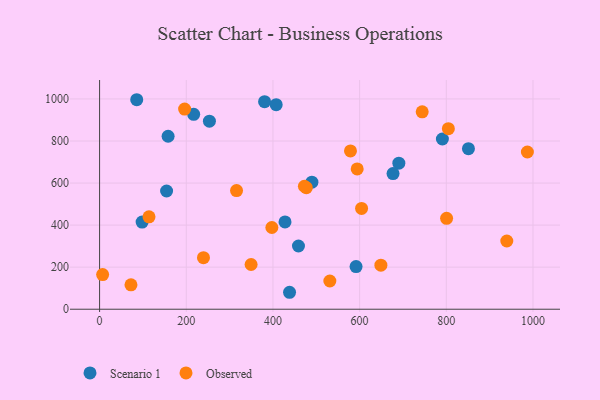
{"axis": {"x": "Distance", "y": "Demand"}, "legend": ["Observed", "Scenario 1"], "data": [{"x": "380.7", "y": 986.7, "type": "Scenario 1"}, {"x": "253.4", "y": 894.3, "type": "Scenario 1"}, {"x": "154.6", "y": 562.1, "type": "Scenario 1"}, {"x": "438.3", "y": 80.6, "type": "Scenario 1"}, {"x": "791.0", "y": 809.4, "type": "Scenario 1"}, {"x": "217.1", "y": 926.8, "type": "Scenario 1"}, {"x": "591.8", "y": 202.8, "type": "Scenario 1"}, {"x": "489.9", "y": 604.3, "type": "Scenario 1"}, {"x": "98.1", "y": 414.2, "type": "Scenario 1"}, {"x": "85.7", "y": 996.2, "type": "Scenario 1"}, {"x": "427.9", "y": 414.9, "type": "Scenario 1"}, {"x": "690.5", "y": 694.7, "type": "Scenario 1"}, {"x": "851.1", "y": 763.3, "type": "Scenario 1"}, {"x": "407.5", "y": 972.8, "type": "Scenario 1"}, {"x": "677.1", "y": 645.2, "type": "Scenario 1"}, {"x": "158.1", "y": 822.5, "type": "Scenario 1"}, {"x": "458.9", "y": 300.7, "type": "Scenario 1"}, {"x": "578.9", "y": 752.8, "type": "Observed"}, {"x": "72.4", "y": 116.1, "type": "Observed"}, {"x": "987.1", "y": 747.7, "type": "Observed"}, {"x": "744.4", "y": 938.6, "type": "Observed"}, {"x": "316.0", "y": 564.2, "type": "Observed"}, {"x": "114.0", "y": 439.4, "type": "Observed"}, {"x": "531.3", "y": 134.1, "type": "Observed"}, {"x": "604.5", "y": 479.4, "type": "Observed"}, {"x": "804.8", "y": 858.7, "type": "Observed"}, {"x": "239.7", "y": 244.9, "type": "Observed"}, {"x": "196.2", "y": 951.6, "type": "Observed"}, {"x": "7.0", "y": 164.9, "type": "Observed"}, {"x": "349.6", "y": 212.6, "type": "Observed"}, {"x": "594.4", "y": 667.0, "type": "Observed"}, {"x": "397.5", "y": 388.5, "type": "Observed"}, {"x": "477.0", "y": 578.2, "type": "Observed"}, {"x": "649.1", "y": 209.4, "type": "Observed"}, {"x": "939.6", "y": 324.4, "type": "Observed"}, {"x": "800.7", "y": 432.4, "type": "Observed"}, {"x": "472.6", "y": 584.8, "type": "Observed"}]}